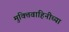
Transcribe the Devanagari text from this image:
मुक्तिवाहिनीच्या